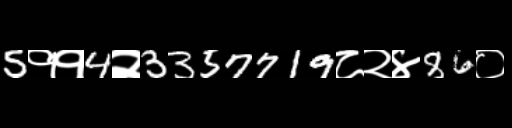
Text: 5११4२3357719८२४86०